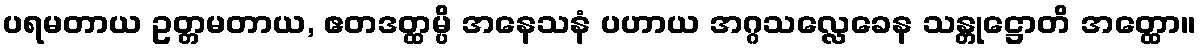
ပရမတာယ ဥတ္တမတာယ, ဧတဒတ္ထမ္ပိ အနေသနံ ပဟာယ အဂ္ဂသလ္လေခေန သန္တုဋ္ဌောတိ အတ္ထော။